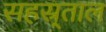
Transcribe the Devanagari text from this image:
सहस्र्ताल